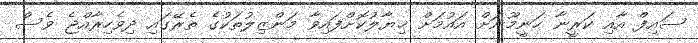
ސައިފް އާއި ކަރީނާ ހަނީމޫނަށް އައުމަށް ޚިޔާލުކޮށްފައިވާ މަންޒިލުތަކުގެ ތެރޭގައި ދިވެހިރާއްޖެ ވެސް